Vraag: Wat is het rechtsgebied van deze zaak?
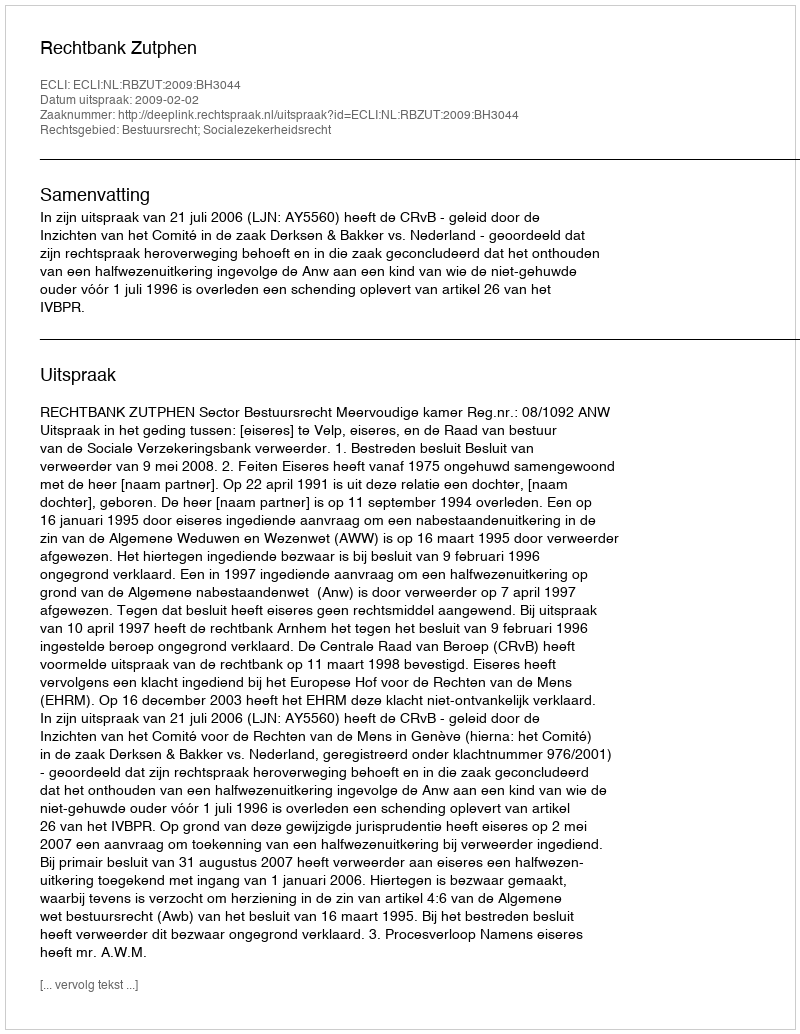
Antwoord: Bestuursrecht; Socialezekerheidsrecht